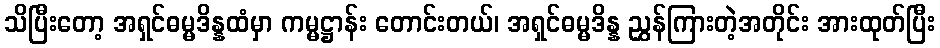
သိပြီးတော့ အရှင်ဓမ္မဒိန္နထံမှာ ကမ္မဋ္ဌာန်း တောင်းတယ်၊ အရှင်ဓမ္မဒိန္န ညွှန်ကြားတဲ့အတိုင်း အားထုတ်ပြီး